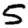
Digit: 5